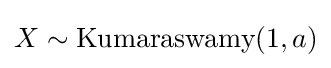
X\sim {\textrm {Kumaraswamy}}(1,a)